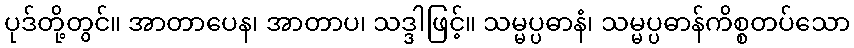
ပုဒ်တို့တွင်။ အာတာပေန၊ အာတာပ၊ သဒ္ဒါဖြင့်။ သမ္မပ္ပဓာနံ၊ သမ္မပ္ပဓာန်ကိစ္စတပ်သော